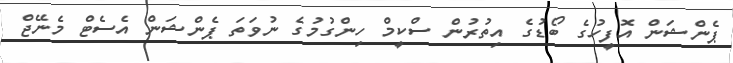
ޕެންޝަން އޮފީހުގެ ބޯޑުގެ އިތުރުން ސްކީމް ހިންގުމުގެ ނުވަތަ ޕެންޝަން އެސެޓް މެނޭޖް